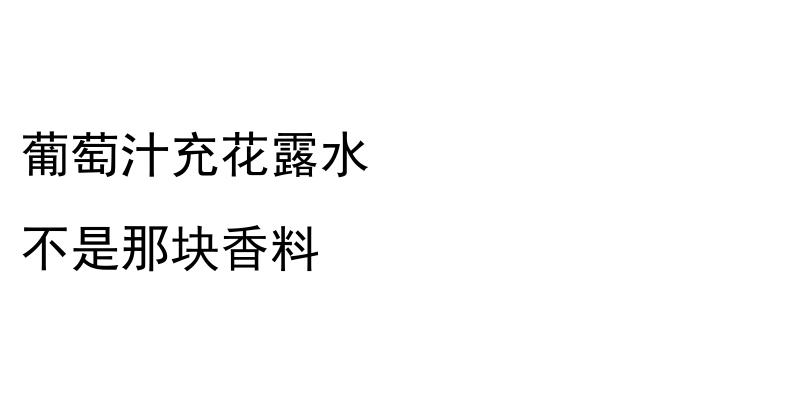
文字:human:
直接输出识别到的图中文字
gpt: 葡萄汁充花露水 不是那块香料